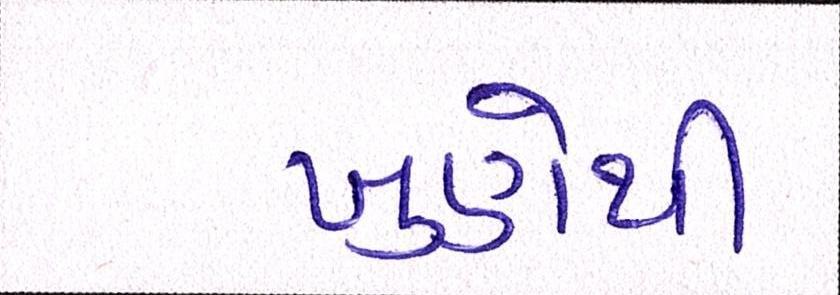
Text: ખુણેથી